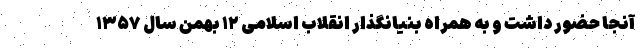
آنجا حضور داشت و به همراه بنیانگذار انقلاب اسلامی ۱۲ بهمن سال ۱۳۵۷